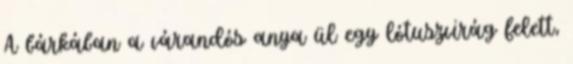
A bárkában a várandós anya ül egy lótuszvirág felett,